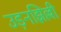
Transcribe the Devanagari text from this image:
उड़नझिल्ली